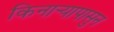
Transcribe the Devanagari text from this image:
किनार्‍यापासुन